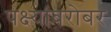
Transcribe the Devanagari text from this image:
पक्ष्यांबरोबर